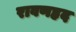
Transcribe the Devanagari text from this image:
रावणहृद